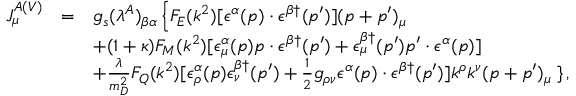
\begin{array} { r c l } { { J _ { \mu } ^ { A ( V ) } } } & { { = } } & { { g _ { s } ( \lambda ^ { A } ) _ { \beta \alpha } \left\{ F _ { E } ( k ^ { 2 } ) [ \epsilon ^ { \alpha } ( p ) \cdot \epsilon ^ { \beta \dagger } ( p ^ { \prime } ) ] ( p + p ^ { \prime } ) _ { \mu } \right. } } \\ { { } } & { { } } & { { + ( 1 + \kappa ) F _ { M } ( k ^ { 2 } ) [ \epsilon _ { \mu } ^ { \alpha } ( p ) p \cdot \epsilon ^ { \beta \dagger } ( p ^ { \prime } ) + \epsilon _ { \mu } ^ { \beta \dagger } ( p ^ { \prime } ) p ^ { \prime } \cdot \epsilon ^ { \alpha } ( p ) ] } } \\ { { } } & { { } } & { { + \frac { \lambda } { m _ { D } ^ { 2 } } F _ { Q } ( k ^ { 2 } ) [ \epsilon _ { \rho } ^ { \alpha } ( p ) \epsilon _ { \nu } ^ { \beta \dagger } ( p ^ { \prime } ) + \frac { 1 } { 2 } g _ { \rho \nu } \epsilon ^ { \alpha } ( p ) \cdot \epsilon ^ { \beta \dagger } ( p ^ { \prime } ) ] k ^ { \rho } k ^ { \nu } ( p + p ^ { \prime } ) _ { \mu } \left. \right\} , } } \end{array}